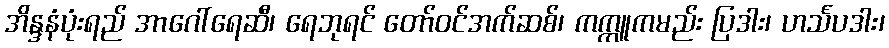
အိန္ဒနံပုံးရည် အာဂေါ်ရေဆီ၊ ရေဘုရင် တော်ဝင်အက်ဆစ်၊ ကက္ကူကမည်း ပြဒါး၊ ဟင်္သပဒါး၊